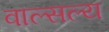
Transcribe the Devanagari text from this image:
वाल्सल्य